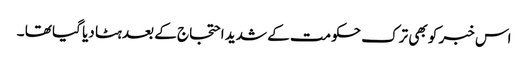
اس خبر کو بھی ترک حکومت کے شدید احتجاج کے بعد ہٹا دیا گیا تھا ۔